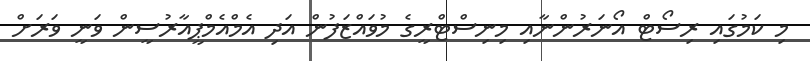
މި ކަމުގައި ރިސޯޓް އޯނަރުންނާއި މިނިސްޓްރީގެ މުވައްޒަފުން އަދި އެމްއެމްޕީއާރުސީން ވަނީ ވަރަށް